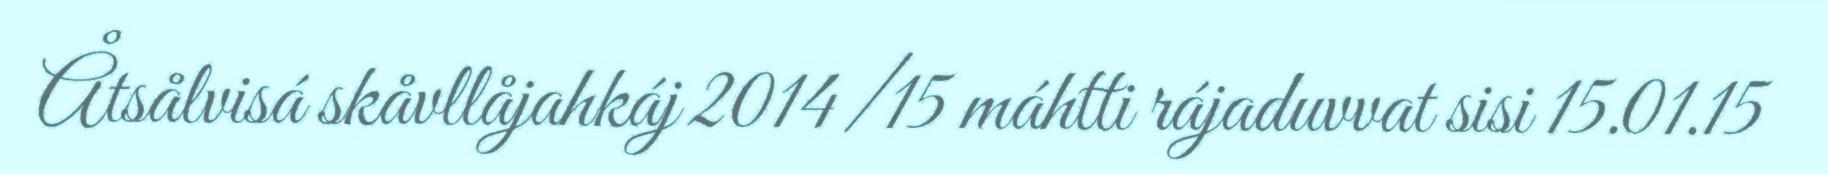
Åtsålvisá skåvllåjahkáj 2014/15 máhtti rájaduvvat sisi 15.01.15